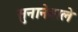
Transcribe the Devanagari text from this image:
सुनानेवाले